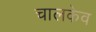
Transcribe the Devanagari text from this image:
चालकेव